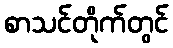
စာသင်တိုက်တွင်